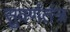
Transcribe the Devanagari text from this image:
सुवर्णतंत्र